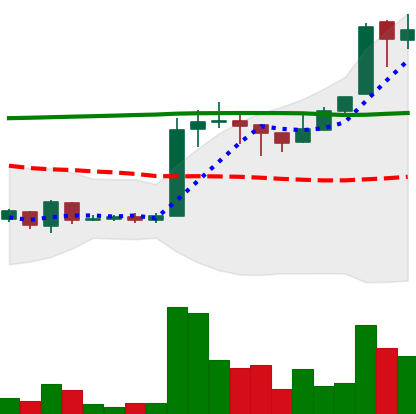
Ticker: EOS-USD
Chart end date: 2018-04-22
Forward return: 46.856%
Label: up_7plus